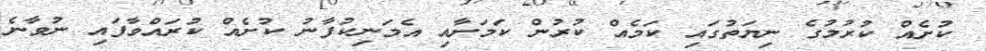
ކުށެއް ކުރުމުގެ ނިޔަތުގައި ކަމެއް ކުރުން ކަމަށާއި އެމަނިކުފާނު ކުށެއް ކުރައްވާފައި ނުވާނެ